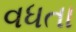
વધતા